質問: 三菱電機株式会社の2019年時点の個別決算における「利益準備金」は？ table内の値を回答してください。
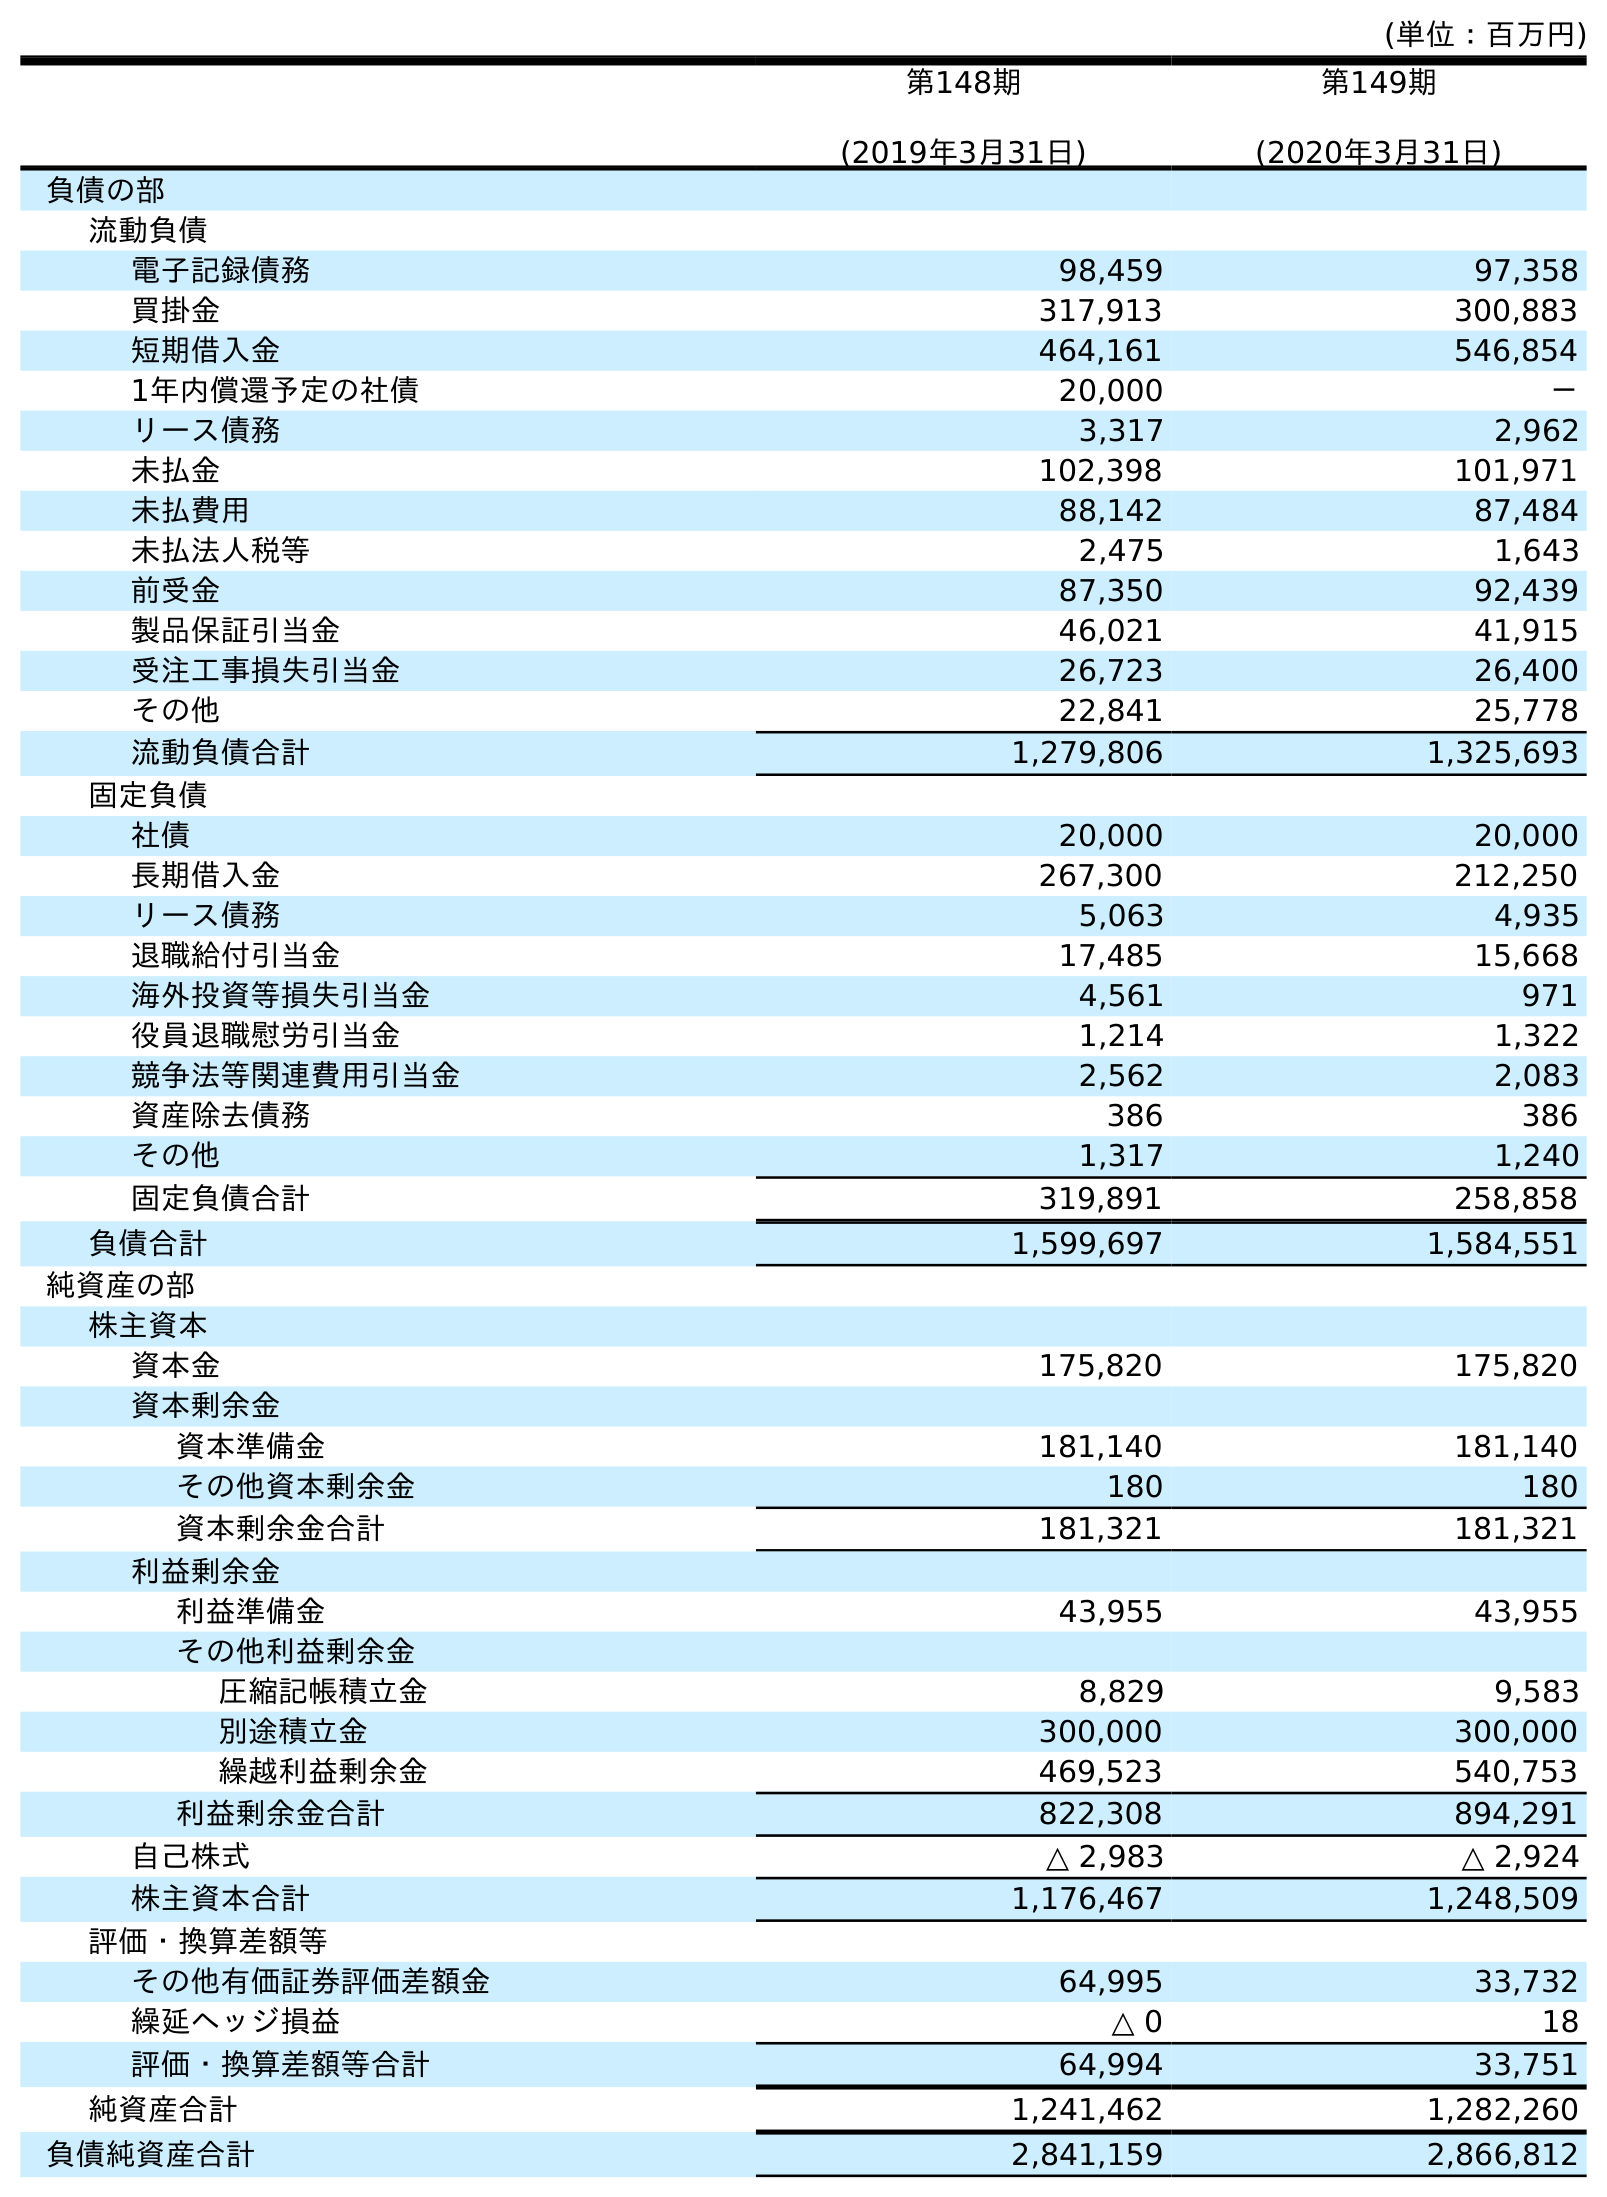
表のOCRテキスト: (単位：百万円) 第148期 (2019年3月31日) 第149期 (2020年3月31日) 負債の部 流動負債 電子記録債務 98,459 97,358 買掛金 317,913 300,883 短期借入金 464,161 546,854 1年内償還予定の社債 20,000 － リース債務 3,317 2,962 未払金 102,398 101,971 未払費用 88,142 87,484 未払法人税等 2,475 1,643 前受金 87,350 92,439 製品保証引当金 46,021 41,915 受注工事損失引当金 26,723 26,400 その他 22,841 25,778 流動負債合計 1,279,806 1,325,693 固定負債 社債 20,000 20,000 長期借入金 267,300 212,250 リース債務 5,063 4,935 退職給付引当金 17,485 15,668 海外投資等損失引当金 4,561 971 役員退職慰労引当金 1,214 1,322 競争法等関連費用引当金 2,562 2,083 資産除去債務 386 386 その他 1,317 1,240 固定負債合計 319,891 258,858 負債合計 1,599,697 1,584,551 純資産の部 株主資本 資本金 175,820 175,820 資本剰余金 資本準備金 181,140 181,140 その他資本剰余金 180 180 資本剰余金合計 181,321 181,321 利益剰余金 利益準備金 43,955 43,955 その他利益剰余金 圧縮記帳積立金 8,829 9,583 別途積立金 300,000 300,000 繰越利益剰余金 469,523 540,753 利益剰余金合計 822,308 894,291 自己株式 △ 2,983 △ 2,924 株主資本合計 1,176,467 1,248,509 評価・換算差額等 その他有価証券評価差額金 64,995 33,732 繰延ヘッジ損益 △ 0 18 評価・換算差額等合計 64,994 33,751 純資産合計 1,241,462 1,282,260 負債純資産合計 2,841,159 2,866,812
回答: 43,955